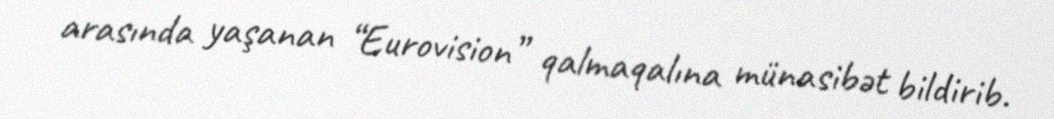
arasında yaşanan “Eurovision” qalmaqalına münasibət bildirib.